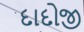
દાદોજી